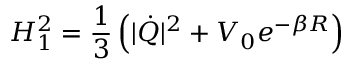
H _ { 1 } ^ { 2 } = \frac { 1 } { 3 } \left( | \dot { Q } | ^ { 2 } + V _ { 0 } e ^ { - \beta R } \right)